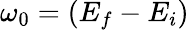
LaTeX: \omega_{0}=(E_{f}-E_{i})